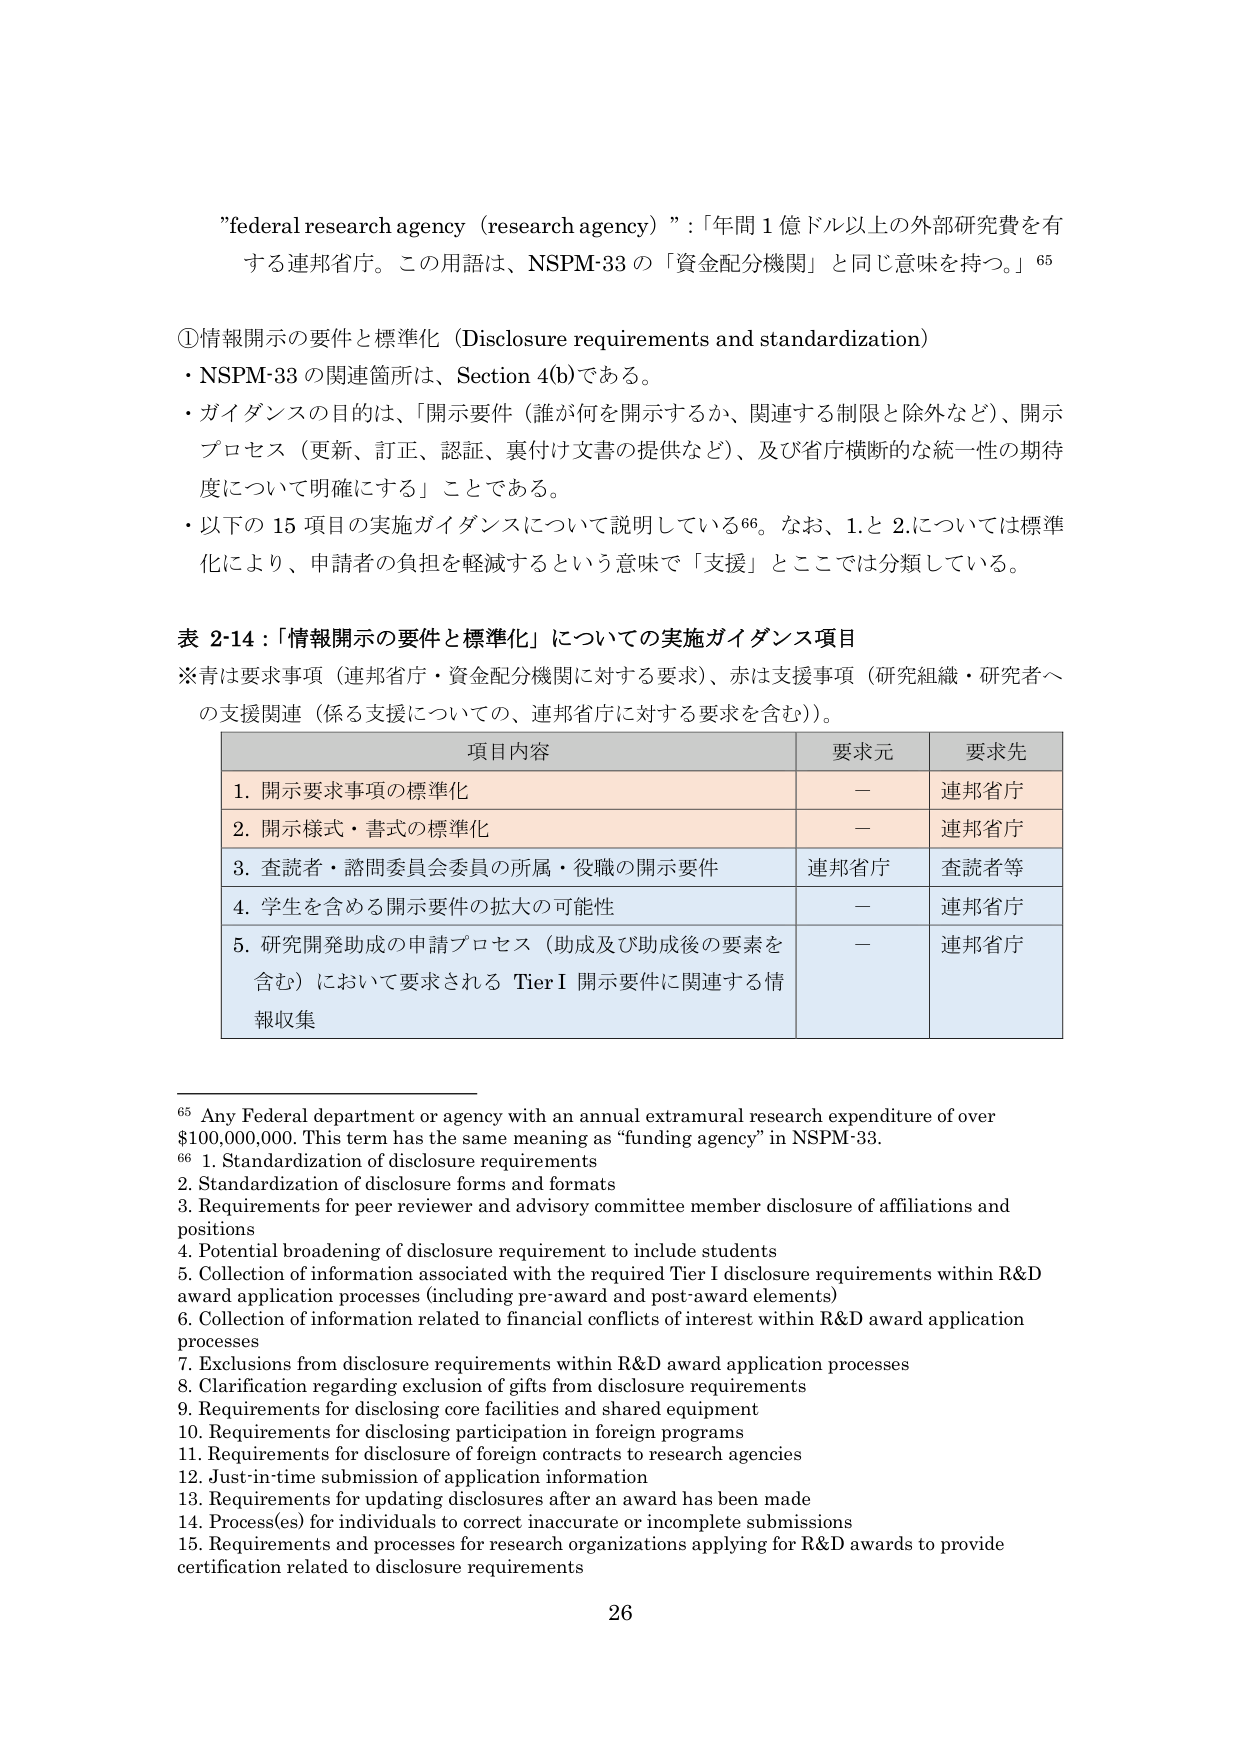
"federal research agency (research agency) ":「年間 1 億ドル以上の外部研究費を有する連邦省庁。この用語は、NSPM-33 の「資金配分機関」と同じ意味を持つ。」⁶⁵

①情報開示の要件と標準化（Disclosure requirements and standardization）
・NSPM-33 の関連箇所は、Section 4(b)である。
・ガイダンスの目的は、「開示要件（誰が何を開示するか、関連する制限と除外など）、開示プロセス（更新、訂正、認証、裏付け文書の提供など）、及び省庁横断的な統一性の期待度について明確にする」ことである。
・以下の 15 項目の実施ガイダンスについて説明している⁶⁶。なお、1.と 2.については標準化により、申請者の負担を軽減するという意味で「支援」とここでは分類している。

表 2-14：「情報開示の要件と標準化」についての実施ガイダンス項目
※青は要求事項（連邦省庁・資金配分機関に対する要求）、赤は支援事項（研究組織・研究者への支援関連（係る支援についての、連邦省庁に対する要求を含む））。

| 項目内容 | 要求元 | 要求先 |
|----------|--------|--------|
| 1. 開示要求事項の標準化 | — | 連邦省庁 |
| 2. 開示様式・書式の標準化 | — | 連邦省庁 |
| 3. 査読者・諮問委員会委員の所属・役職の開示要件 | 連邦省庁 | 査読者等 |
| 4. 学生を含める開示要件の拡大の可能性 | — | 連邦省庁 |
| 5. 研究開発助成の申請プロセス（助成及び助成後の要素を含む）において要求される Tier I 開示要件に関連する情報収集 | — | 連邦省庁 |

⁶⁵ Any Federal department or agency with an annual extramural research expenditure of over $100,000,000. This term has the same meaning as "funding agency" in NSPM-33.
⁶⁶ 1. Standardization of disclosure requirements
2. Standardization of disclosure forms and formats
3. Requirements for peer reviewer and advisory committee member disclosure of affiliations and positions
4. Potential broadening of disclosure requirement to include students
5. Collection of information associated with the required Tier I disclosure requirements within R&D award application processes (including pre-award and post-award elements)
6. Collection of information related to financial conflicts of interest within R&D award application processes
7. Exclusions from disclosure requirements within R&D award application processes
8. Clarification regarding exclusion of gifts from disclosure requirements
9. Requirements for disclosing core facilities and shared equipment
10. Requirements for disclosing participation in foreign programs
11. Requirements for disclosure of foreign contracts to research agencies
12. Just-in-time submission of application information
13. Requirements for updating disclosures after an award has been made
14. Process(es) for individuals to correct inaccurate or incomplete submissions
15. Requirements and processes for research organizations applying for R&D awards to provide certification related to disclosure requirements

26